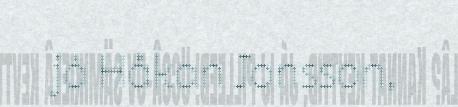
já Håkan Jonsson,